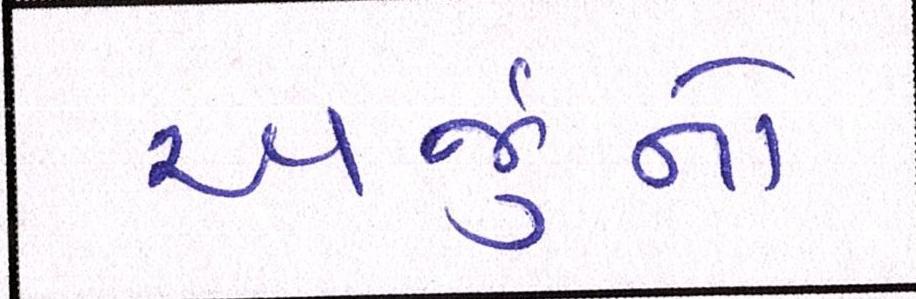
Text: અર્જુનો